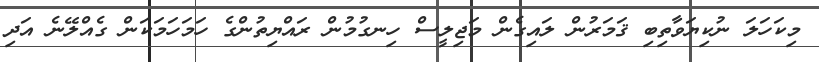
މިކަހަލަ ނުކިޔަވާތިބި ޤަމަރުން ލައިގެން މަޖިލީސް ހިނގުމުން ރައްޔިތުންގެ ހަމަހަމަކަން ގެއްލޭނެ އަދި